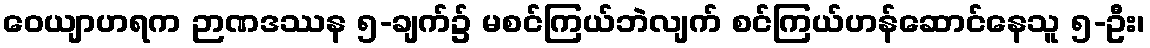
ဝေယျာဟရက ဉာဏဒဿန ၅-ချက်၌ မစင်ကြယ်ဘဲလျက် စင်ကြယ်ဟန်ဆောင်နေသူ ၅-ဦး၊